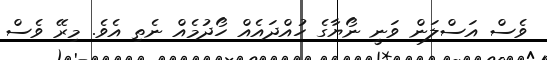
ވެސް އަސްލަން ވަނީ ނޯޔާގެ ހުއްދައެއް ހޯދުމެއް ނެތި އެވެ. މިރޭ ވެސް